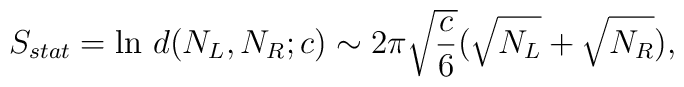
S_{stat}=\ln\,d(N_L,N_R;c)\sim 2\pi\sqrt{c\over 6}(\sqrt{N_L}+\sqrt{N_R}),